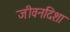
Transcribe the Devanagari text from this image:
जीवनदिशा